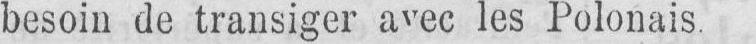
besoin de transiger avec les Polonais